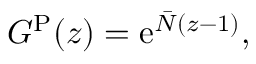
G ^ { \mathrm { P } } ( z ) = \mathrm { e } ^ { \bar { N } ( z - 1 ) } ,